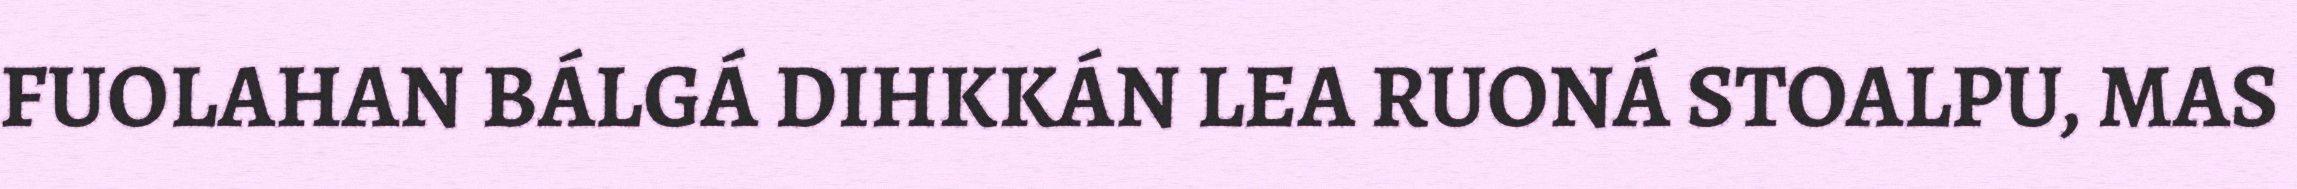
FUOLAHAN BÁLGÁ DIHKKÁN LEA RUONÁ STOALPU, MAS